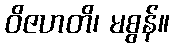
ဝိဇဟတိ၊ မစွန်။